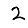
Digit: 2